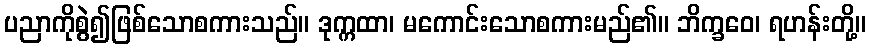
ပညာကိုစွဲ၍ဖြစ်သောစကားသည်။ ဒုက္ကထာ၊ မကောင်းသောစကားမည်၏။ ဘိက္ခဝေ၊ ရဟန်းတို့။